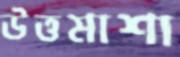
উত্তমাশা